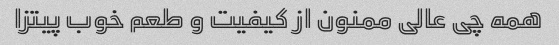
همه چی عالی ممنون از کیفیت و طعم خوب پیتزا